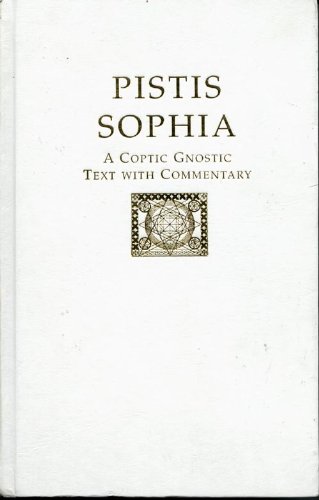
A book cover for Pistis Sophia: A Coptic Gnostic Text with Commentary; Desiree Hurtak; Christian Books & Bibles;